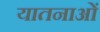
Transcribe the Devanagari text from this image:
यातनाआें